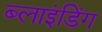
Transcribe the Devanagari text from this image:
ब्‍लाइंडिंग